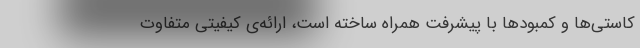
کاستی‌ها و کمبودها با پیشرفت همراه ساخته است، ارائه‌ی کیفیتی متفاوت